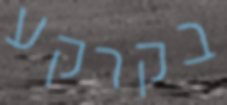
בקרקע